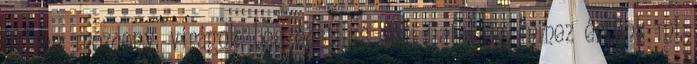
időben: mozdony, virágok, beszédstílus, mai fiatalság, mihez értünk mi,